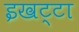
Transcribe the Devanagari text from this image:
इखट्टा